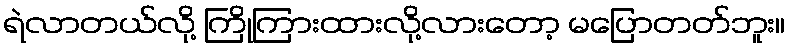
ရဲလာတယ်လို့ ကြိုကြားထားလို့လားတော့ မပြောတတ်ဘူး။